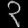
Digit: ၃